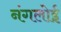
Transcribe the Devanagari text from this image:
नंगलोई